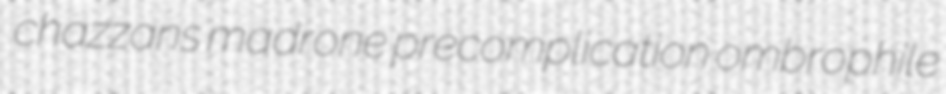
chazzans madrone precomplication ombrophile